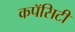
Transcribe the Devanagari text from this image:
कपॅसिटी